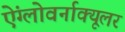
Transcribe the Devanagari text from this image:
ऐंग्लोवर्नाक्यूलर